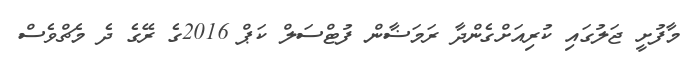
މާފުށީ ޖަލުގައި ކުރިއަށްގެންދާ ރަމަޟާން ފުޓްސަލް ކަޕް 2016ގެ ރޭގެ ދެ މެޗްވެސް